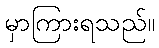
မှာကြားရသည်။